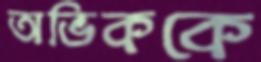
অভিককে